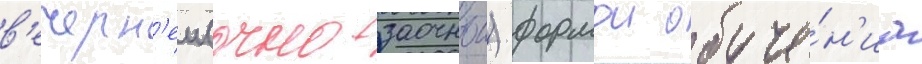
в'ечерн'еи (очно-заочнои) формои обуче́н'иа